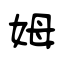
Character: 姆